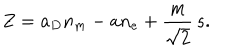
LaTeX: Z = a _ { D } n _ { m } - a n _ { e } + { \frac { m } { \sqrt { 2 } } } \, s .